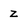
Character: z